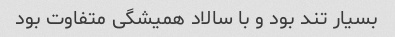
بسیار تند بود و با سالاد همیشگی متفاوت بود